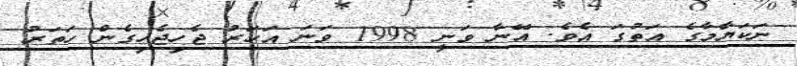
ނަކަޔާމާގެ އަތުގަ އެވެ. އޭނާ ވަނީ 1998 ވަނަ އަހަރު ޖެހިޖެހިގެން ހަތަރު